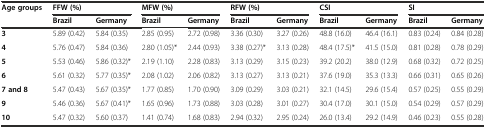
<table><thead><tr><td><b>Age groups</b></td><td colspan="2"><b>FFW (%)</b></td><td colspan="2"><b>MFW (%)</b></td><td colspan="2"><b>RFW (%)</b></td><td colspan="2"><b>CSI</b></td><td colspan="2"><b>SI</b></td></tr><tr><td></td><td><b>Brazil</b></td><td><b>Germany</b></td><td><b>Brazil</b></td><td><b>Germany</b></td><td><b>Brazil</b></td><td><b>Germany</b></td><td><b>Brazil</b></td><td><b>Germany</b></td><td><b>Brazil</b></td><td><b>Germany</b></td></tr></thead><tbody><tr><td><b>3</b></td><td>5.89 (0.42)</td><td>5.84 (0.35)</td><td>2.85 (0.95)</td><td>2.72 (0.98)</td><td>3.36 (0.30)</td><td>3.27 (0.26)</td><td>48.8 (16.0)</td><td>46.4 (16.1)</td><td>0.83 (0.24)</td><td>0.84 (0.28)</td></tr><tr><td><b>4</b></td><td>5.76 (0.47)</td><td>5.84 (0.36)</td><td>2.80 (1.05)*</td><td>2.44 (0.93)</td><td>3.38 (0.27)*</td><td>3.13 (0.28)</td><td>48.4 (17.5)*</td><td>41.5 (15.0)</td><td>0.81 (0.28)</td><td>0.78 (0.29)</td></tr><tr><td><b>5</b></td><td>5.53 (0.46)</td><td>5.86 (0.32)*</td><td>2.19 (1.10)</td><td>2.28 (0.83)</td><td>3.13 (0.29)</td><td>3.15 (0.23)</td><td>39.2 (20.2)</td><td>38.0 (12.9)</td><td>0.68 (0.32)</td><td>0.72 (0.25)</td></tr><tr><td><b>6</b></td><td>5.61 (0.32)</td><td>5.77 (0.35)*</td><td>2.08 (1.02)</td><td>2.06 (0.82)</td><td>3.13 (0.27)</td><td>3.13 (0.21)</td><td>37.6 (19.0)</td><td>35.3 (13.3)</td><td>0.66 (0.31)</td><td>0.65 (0.26)</td></tr><tr><td><b>7 and 8</b></td><td>5.47 (0.43)</td><td>5.67 (0.35)*</td><td>1.77 (0.85)</td><td>1.70 (0.90)</td><td>3.09 (0.29)</td><td>3.03 (0.21)</td><td>32.1 (14.5)</td><td>29.6 (15.4)</td><td>0.57 (0.25)</td><td>0.55 (0.29)</td></tr><tr><td><b>9</b></td><td>5.46 (0.36)</td><td>5.67 (0.41)*</td><td>1.65 (0.96)</td><td>1.73 (0.88)</td><td>3.03 (0.28)</td><td>3.01 (0.27)</td><td>30.4 (17.0)</td><td>30.1 (15.0)</td><td>0.54 (0.29)</td><td>0.57 (0.29)</td></tr><tr><td><b>10</b></td><td>5.47 (0.32)</td><td>5.60 (0.37)</td><td>1.41 (0.74)</td><td>1.68 (0.83)</td><td>2.94 (0.32)</td><td>2.95 (0.24)</td><td>26.0 (13.4)</td><td>29.2 (14.9)</td><td>0.46 (0.23)</td><td>0.55 (0.28)</td></tr></tbody></table>